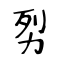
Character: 劽